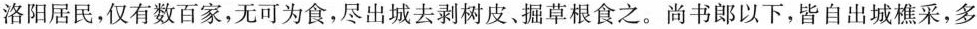
洛阳居民，仅有数百家，无可为食，尽出城去剥树皮、掘草根食之。尚书郎以下，皆自出城樵采，多